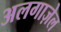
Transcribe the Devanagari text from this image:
अलगाज़ेल